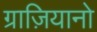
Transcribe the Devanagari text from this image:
ग्राज़ियानो